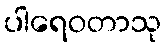
ပါရေဝတာသု